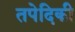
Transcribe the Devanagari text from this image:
तपेदिकी